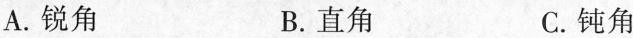
A. 锐角 B. 直角 C. 钝角